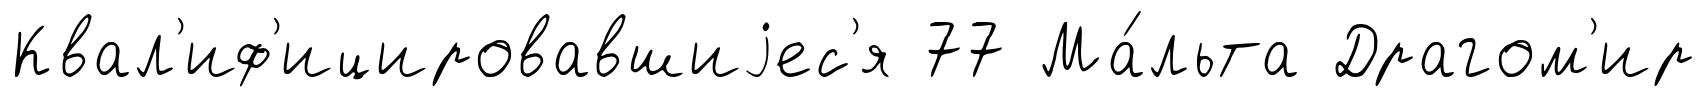
Квал'иф'ицировавшиjес'я 77 Ма́льта Драгом'ир